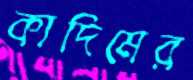
কাদিমের